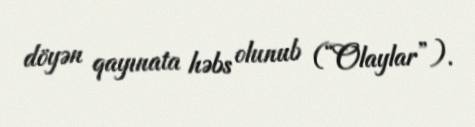
döyən qayınata həbs olunub (“Olaylar”).